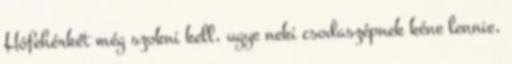
Hófehérkét még szokni kell, ugye neki csodaszépnek kéne lennie,